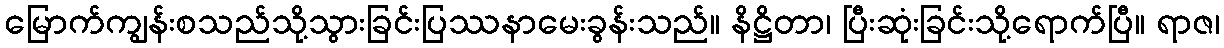
မြောက်ကျွန်းစသည်သို့သွားခြင်းပြဿနာမေးခွန်းသည်။ နိဋ္ဌိတာ၊ ပြီးဆုံးခြင်းသို့ရောက်ပြီ။ ရာဇ၊